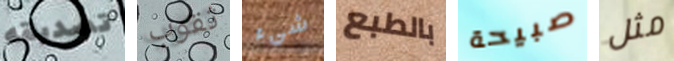
تصديقه ثقوب شيء بالطبع صبيحة مثل